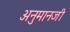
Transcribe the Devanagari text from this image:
अनुमानजी